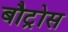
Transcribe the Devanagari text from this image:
बौट्रोस